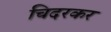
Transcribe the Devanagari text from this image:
चिदरकर